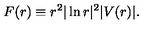
F ( r ) \equiv r ^ { 2 } | \ln r | ^ { 2 } | V ( r ) | .